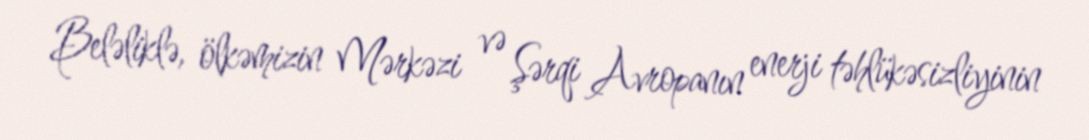
Beləliklə, ölkəmizin Mərkəzi və Şərqi Avropanın enerji təhlükəsizliyinin